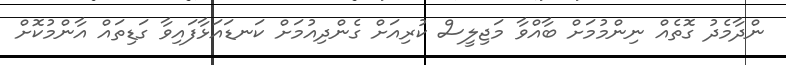
ންދާމެދު ގޮތެއް ނިންމުމަށް ބާއްވާ މަޖިލީސް ކުރިއަށް ގެންދިއުމަށް ކަނޑައަޅާފައިވާ ގަޑިތައް އާންމުކޮށް